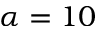
\alpha = 1 0